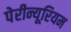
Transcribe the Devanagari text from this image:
पेरीन्यूरियम